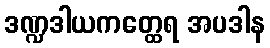
ဒဏ္ဍဒါယကတ္ထေရ အပဒါန